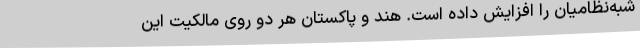
شبه‌نظامیان را افزایش داده است. هند و پاکستان هر دو روی مالکیت این